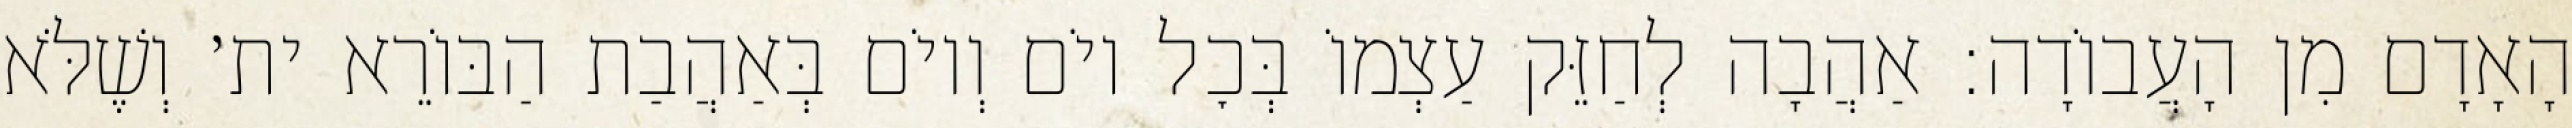
הָאָדָם מִן הָעֲבוֹדָה: אַהֲבָה לְחַזֵּק עַצְמוֹ בְּכׇל יוֹם וְיוֹם בְּאַהֲבַת הַבּוֹרֵא ית׳ וְשֶׁלֹּא